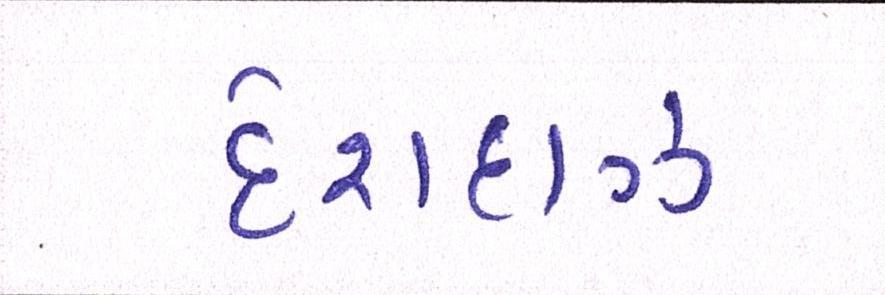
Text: દેશદાઝ